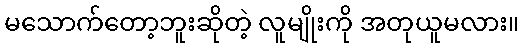
မသောက်တော့ဘူးဆိုတဲ့ လူမျိုးကို အတုယူမလား။